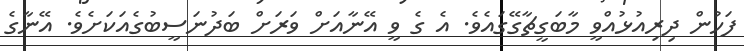
ފަހުން ދިރިއުޅުއްވީ މާބަގީޗާގޭގައެވެ. އެ ގެ ވީ އޭނާއަށް ވަރަށް ބަދުނަސީބުގެއަކަށެވެ. އޭނާގެ